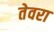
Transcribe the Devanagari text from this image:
तेवरा